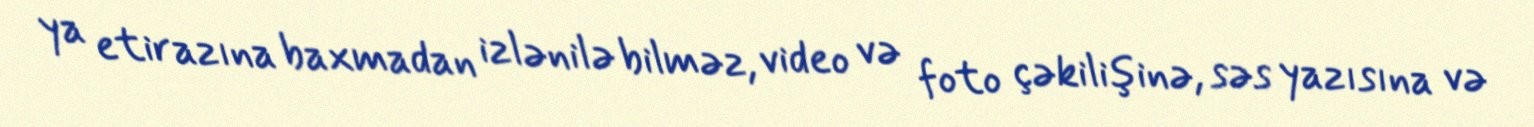
ya etirazına baxmadan izlənilə bilməz, video və foto çəkilişinə, səs yazısına və